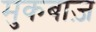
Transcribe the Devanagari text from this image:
मुकबाज़